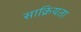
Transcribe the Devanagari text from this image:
साक्रियता